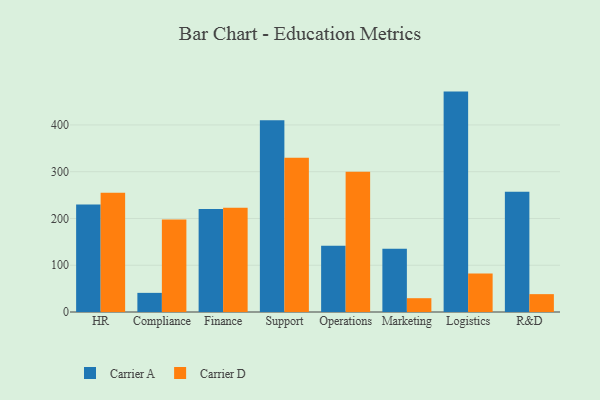
{"axis": {"x": "Department", "y": "Backlog"}, "legend": ["Carrier A", "Carrier D"], "data": [{"x": "HR", "y": 229.8, "type": "Carrier A"}, {"x": "HR", "y": 255.2, "type": "Carrier D"}, {"x": "Compliance", "y": 40.9, "type": "Carrier A"}, {"x": "Compliance", "y": 197.9, "type": "Carrier D"}, {"x": "Finance", "y": 220.2, "type": "Carrier A"}, {"x": "Finance", "y": 223.1, "type": "Carrier D"}, {"x": "Support", "y": 410.1, "type": "Carrier A"}, {"x": "Support", "y": 329.6, "type": "Carrier D"}, {"x": "Operations", "y": 141.6, "type": "Carrier A"}, {"x": "Operations", "y": 300.0, "type": "Carrier D"}, {"x": "Marketing", "y": 135.1, "type": "Carrier A"}, {"x": "Marketing", "y": 29.5, "type": "Carrier D"}, {"x": "Logistics", "y": 471.3, "type": "Carrier A"}, {"x": "Logistics", "y": 82.5, "type": "Carrier D"}, {"x": "R&D", "y": 257.4, "type": "Carrier A"}, {"x": "R&D", "y": 38.2, "type": "Carrier D"}]}